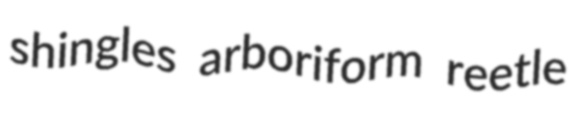
shingles arboriform reetle